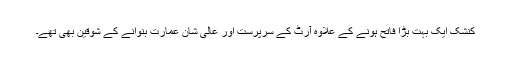
کنشک ایک بہت بڑا فاتح ہونے کے علاوہ آرٹ کے سرپرست اور عالی شان عمارت بنوانے کے شوقین بھی تھے۔